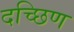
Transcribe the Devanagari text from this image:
दच्छिण